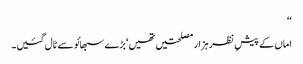
‘‘
اماں کے پیشِ نظر ہزار مصلحتیں تھیں‘ بڑے سبھائو سے ٹال گئیں۔